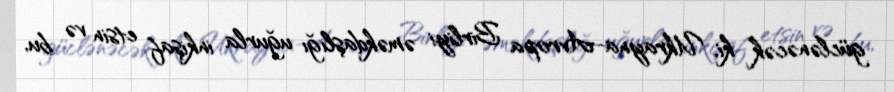
güclənəcək ki, Ukrayna-Avropa Birliyi əməkdaşlığı uğurla inkişaf etsin və bu,